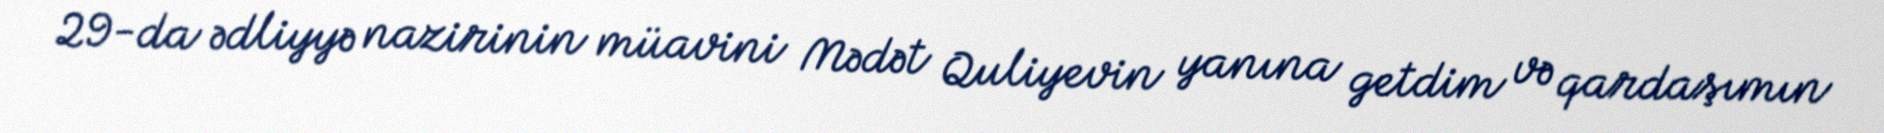
29-da ədliyyə nazirinin müavini Mədət Quliyevin yanına getdim və qardaşımın